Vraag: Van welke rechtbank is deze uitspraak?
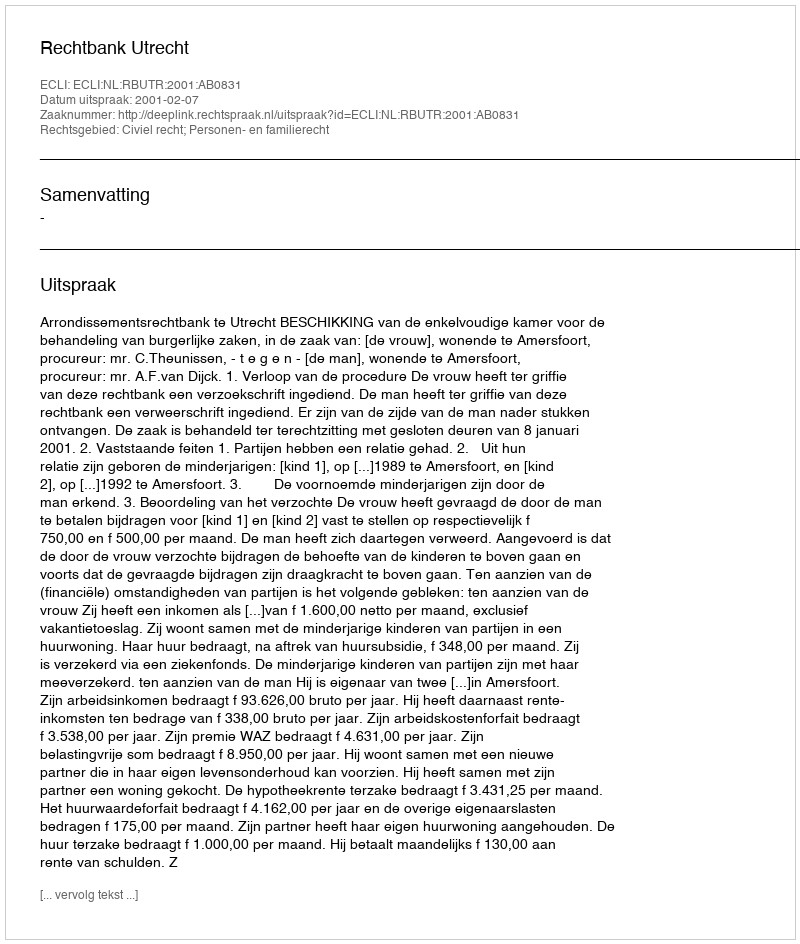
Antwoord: Rechtbank Utrecht